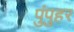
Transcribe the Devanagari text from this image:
पुंपुहर